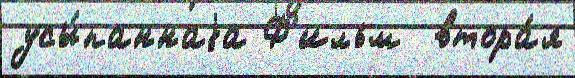
усы́паннаjа Ф'ильм  втора́я